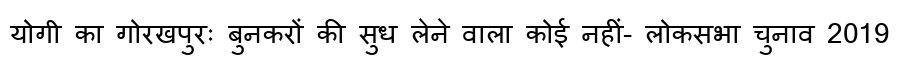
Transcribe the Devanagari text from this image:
योगी का गोरखपुरः बुनकरों की सुध लेने वाला कोई नहीं- लोकसभा चुनाव 2019